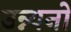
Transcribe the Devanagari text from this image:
उन्न्यनों